Vaccination in Bombay 1924-1928 - 1924-1928
Year: 1924
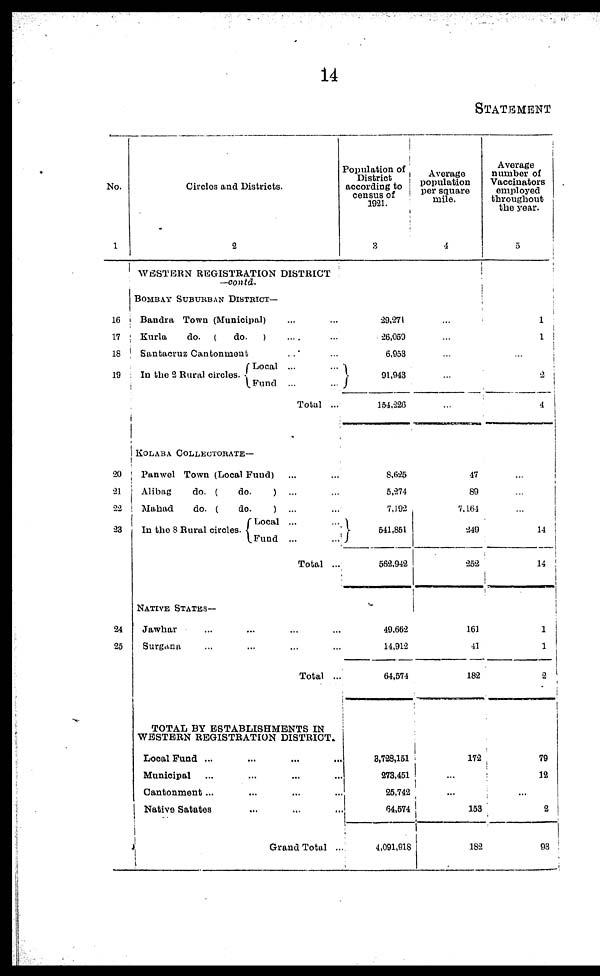
14
STATEMENT
No.
1
16
17
18
19
20
21
22
23
24
25
Circles and Districts.
2
WESTERN REGISTRATION DISTRICT
—contd.
BOMBAY SUBURBAN DISTRICT—
Bandra Town (Municipal) ... ...
Kurla
do. (
do.
) ... ...
Santacruz Cantonment ... ...
In the 2 Rural circles.
Local ... ...
Fund ... ...
Total ...
KOLABA COLLECTORATE—
Panwel Town (Local Fund) ... ...
Alibag
do. (
do.
) ... ...
Mabad
do. (
do.
) ... ...
In the 8 Rural circles.
Local ... ...
Fund ... ...
Total ...
NATIVE STATES—
Jawhar ... ... ... ...
Surgana ... ... ... ...
Total ...
TOTAL BY ESTABLISHMENTS IN
WESTERN REGISTRATION DISTRICT.
Local Fund ... ... ... ...
Municipal ... ... ... ...
Cantonment... ... ... ...
Native Satates ... ... ...
Grand Total ...
Population of
District
according to
census of
1921.
3
29,271
26,059
6,953
91,943
154,226
8,625
5,274
7,192
541,851
562,942
49,662
14,912
64,574
3,728,151
273,451
25,742
64,574
4,091,918
Average
population
per square
mile.
4
...
...
...
...
...
47
89
7,164
249
252
161
41
182
172
...
...
153
182
Average
number of
Vaccinators
employed
throughout
the year.
5
1
1
...
2
4
...
...
...
14
14
1
1
2
79
12
...
2
93